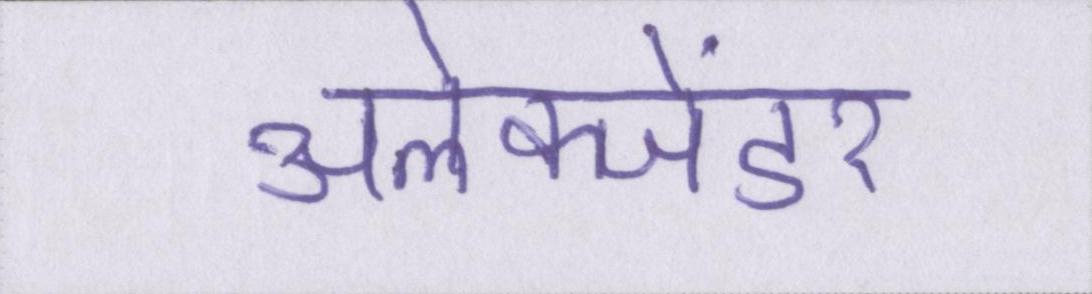
अलेक्जेंडर